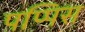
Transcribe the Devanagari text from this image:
पप्पिस